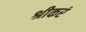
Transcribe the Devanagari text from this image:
श्रीकरं